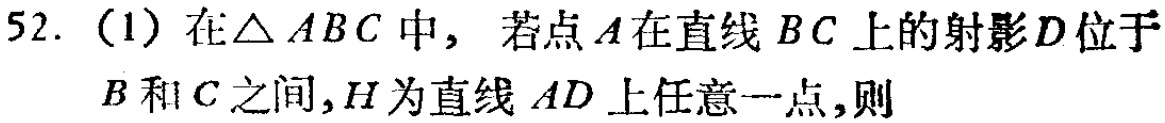
52.（1）在\(\triangle ABC\)中，若点\(A\)在直线\(BC\)上的射影\(D\)位于\(B\)和\(C\)之间，\(H\)为直线\(AD\)上任意一点，则